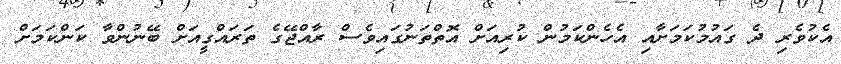
އެކުވެރި ދެ ގައުމުކަމަށާއި އެހެންކަމުން ކުރިއަށް އޮތްތަނުގައިވެސް ރާއްޖޭގެ ތަރައްގީއަށް ބޭނުންވާ ކަންކަމަށް